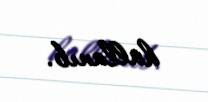
hallanıb.